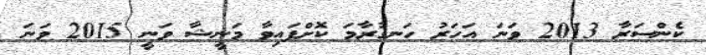
ކެންސަރާ 2013 ވަނަ އަހަރު ހަނގުރާމަ ކޮށްފައިވާ މަނީޝާ ވަނީ 2015 ވަނަ